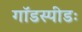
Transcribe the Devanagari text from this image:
गॉडस्पीडः